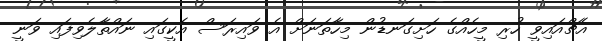
އެޗްއައިވީ ހުރި މީހެއްގެ ހަށިގަނޑުން މިހާތަނަށް އެ ވައިރަސް އެކީގައި ނައްތާލެވިފައި ވަނީ